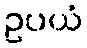
ဥပယံ